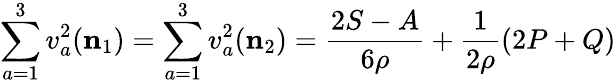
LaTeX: \sum_{a=1}^{3}v_{a}^{2}({\mathbf{n}_{1}})=\sum_{a=1}^{3}v_{a}^{2}({\mathbf{n}_{2}})=\frac{2S-A}{6\rho}+\frac 1{2\rho}(2P+Q)